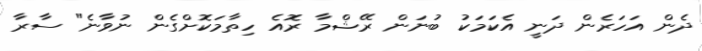
ދެން އަހަރެން ދަނީ އެކަމަކު ބުނަން ރޭޝްމާ ރޮއެ ހިތާމަކޮށްގެން ނުވާނެ" ސާރާ